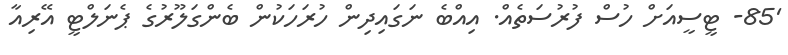
'85- ޓީސީއަށް ހުސް ފުރުސަތެއް. އިއްބެ ނަގައިދިން ހުރަހަކުން ބެންގަލޫރުގެ ޕެނަލްޓީ އޭރިއާ